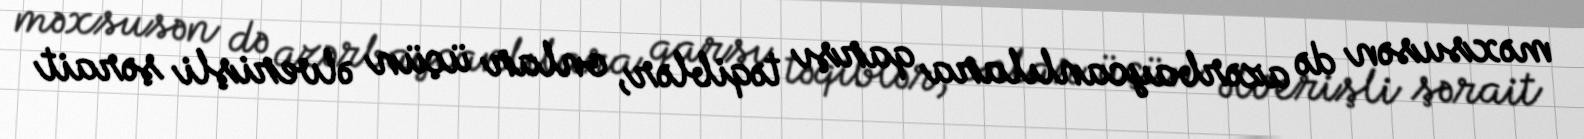
məxsusən də azərbaycanlılara qarşı təqiblər, onlar üçün əlverişli şərait